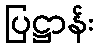
ပြဋ္ဌာန်း